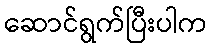
ဆောင်ရွက်ပြီးပါက